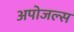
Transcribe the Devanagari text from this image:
अपोजल्स